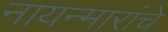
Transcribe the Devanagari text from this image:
नायन्मारांचे